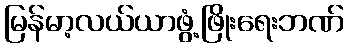
မြန်မာ့လယ်ယာဖွံ့ဖြိုးရေးဘဏ်